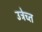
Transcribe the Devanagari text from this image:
उत्रेच्त